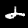
Label: 2